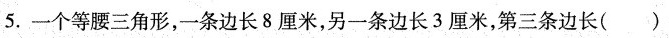
5.一个等腰三角形，一条边长8厘米，另一条边长3厘米，第三条边长（ ）